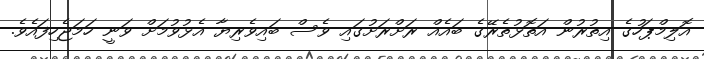
އޮލިމްޕަހުގެ އިތުރުން އަތޮޅުތެރޭގެ ބައެއް ރަށްރަށުގައި ވެސް ބައިވެރިޔާ އެޅުވުމަށް ވަނީ ހަމަޖެހިފައެވެ.